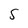
Character: S